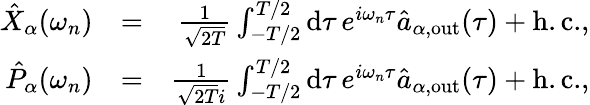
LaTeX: \begin{array}{rlr}{\hat{X}_{\alpha}(\omega_{n})}&{=}&{\frac{1}{\sqrt{2T}}\int_{-T/2}^{T/2}\mathrm{d}\tau\, e^{i\omega_{n}\tau}\hat{a}_{\alpha,\mathrm{out}}(\tau)+\mathrm{h.c.},}\\ {\hat{P}_{\alpha}(\omega_{n})}&{=}&{\frac{1}{\sqrt{2T}i}\int_{-T/2}^{T/2}\mathrm{d}\tau\, e^{i\omega_{n}\tau}\hat{a}_{\alpha,\mathrm{out}}(\tau)+\mathrm{h.c.},}\end{array}